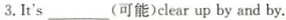
3.It's___(可能)clear up by and by.